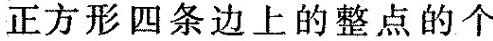
正方形四条边上的整点的个